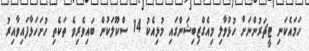
ހަމައެކަނި ޓީޗަރުންނަށް ހުޅުވާލި މިއެގްޒިބިޝަންގައި މުޅިއެކު 14 ސްކޫލަކުން ބައިވެރިވެ ތަކެތި ހުށަހަޅާފައިވާއިރު